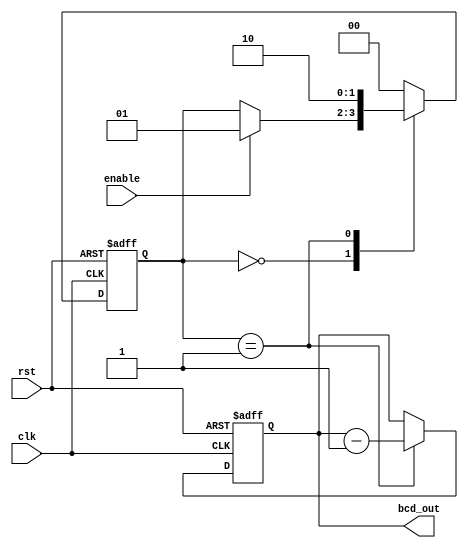
module BCD_Down_Counter_with_Enable(
    input wire clk,
    input wire rst,
    input wire enable,
    output reg [3:0] bcd_out
);

reg [3:0] count_reg;
reg [1:0] state;

always @(posedge clk or posedge rst) begin
    if (rst == 1'b1) begin
        count_reg <= 4'b0000;
        state <= 2'b00;
    end else begin
        case (state)
            2'b00: begin
                if (enable == 1'b1)
                    state <= 2'b01;
            end
            2'b01: begin
                count_reg <= count_reg - 1;
                state <= 2'b10;
            end
            2'b10: begin
                state <= 2'b00;
            end
            default: state <= 2'b00;
        endcase
    end
end

assign bcd_out = count_reg;

endmodule